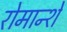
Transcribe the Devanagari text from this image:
रोमान्शे